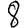
Digit: 8